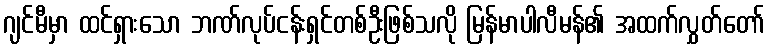
ဂျင်မီမှာ ထင်ရှားသော ဘဏ်လုပ်ငန်းရှင်တစ်ဦးဖြစ်သလို မြန်မာပါလီမန်၏ အထက်လွှတ်တော်